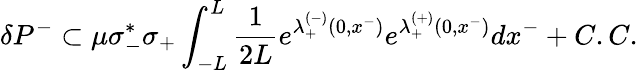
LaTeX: \delta P^{-}\subset\mu\sigma_{-}^{*}\sigma_{+}\int_{-L}^{L}{\frac{1}{2L}}e^{\lambda_{+}^{(-)}(0,x^{-})}e^{\lambda_{+}^{(+)}(0,x^{-})}dx^{-}+C.C.